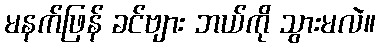
မနက်ဖြန် ခင်ဗျား ဘယ်ကို သွားမလဲ။